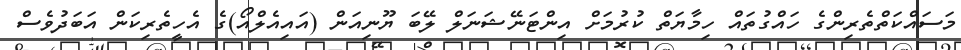
މަސައްކަތްތެރިންގެ ހައްގުތައް ހިމާޔަތް ކުރުމަށް އިންޓަނޭޝަނަލް ލޭބަ ޔޫނިއަން (އައިއެލްއޯ)ގެ އެހީތެރިކަން އަބަދުވެސް